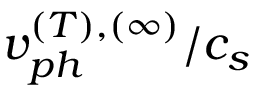
v _ { p h } ^ { ( T ) , ( \infty ) } / c _ { s }